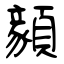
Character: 顡